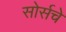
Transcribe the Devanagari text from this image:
सोर्सचे